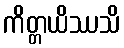
ကိတ္တယိဿသိ